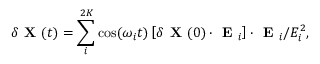
\delta \textbf { X } ( t ) = \sum _ { i } ^ { 2 K } \cos ( \omega _ { i } t ) \left[ \delta \textbf { X } ( 0 ) \cdot \textbf { E } _ { i } \right] \cdot \textbf { E } _ { i } / E _ { i } ^ { 2 } ,